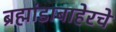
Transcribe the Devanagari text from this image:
ब्रह्मांडाबाहेरचे